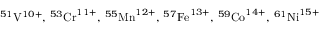
^ { 5 1 } \mathrm { V } ^ { 1 0 + } , \phantom { \rule { 0.16 em } { 0 ex } } ^ { 5 3 } \mathrm { C r } ^ { 1 1 + } , \phantom { \rule { 0.16 em } { 0 ex } } ^ { 5 5 } \mathrm { M n } ^ { 1 2 + } , \phantom { \rule { 0.16 em } { 0 ex } } ^ { 5 7 } \mathrm { F e } ^ { 1 3 + } , \phantom { \rule { 0.16 em } { 0 ex } } ^ { 5 9 } \mathrm { C o } ^ { 1 4 + } , \phantom { \rule { 0.16 em } { 0 ex } } ^ { 6 1 } \mathrm { N i } ^ { 1 5 + }